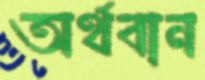
অর্থবান